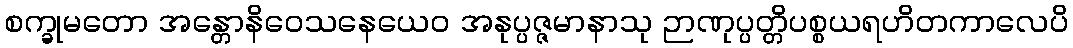
စက္ခုမတော အန္တောနိဝေသနေယေဝ အနုပ္ပဇ္ဇမာနာသု ဉာဏုပ္ပတ္တိပစ္စယရဟိတကာလေပိ